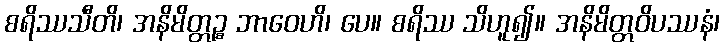
စရိဿသီတိ၊ အနိမိတ္တဉ္စ ဘာဝေဟိ၊ ပေ။ စရိဿ သိဟူ၍။ အနိမိတ္တဝိပဿနံ၊